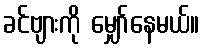
ခင်ဗျားကို မျှော်နေမယ်။